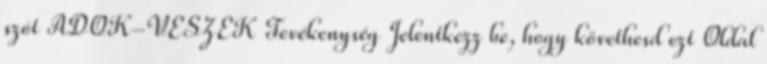
szót ADOK-VESZEK Tevékenység Jelentkezz be, hogy követhesd ezt Oldal